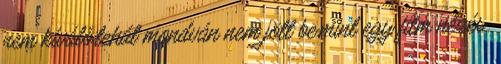
nem kíváló,tehát mondván nem jött be,mint egy film nézés.